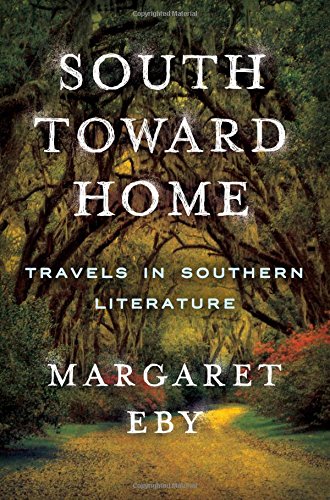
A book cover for South Toward Home: Travels in Southern Literature; Margaret Eby; Literature & Fiction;